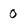
Character: 0